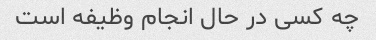
چه کسی در حال انجام وظیفه است